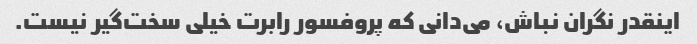
اینقدر نگران نباش، می‌دانی که پروفسور رابرت خیلی سخت‌گیر نیست.